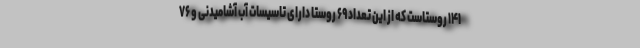
۱۴۱ روستاست که از این تعداد ۶۹ روستا دارای تاسیسات آب آشامیدنی و ۷۶